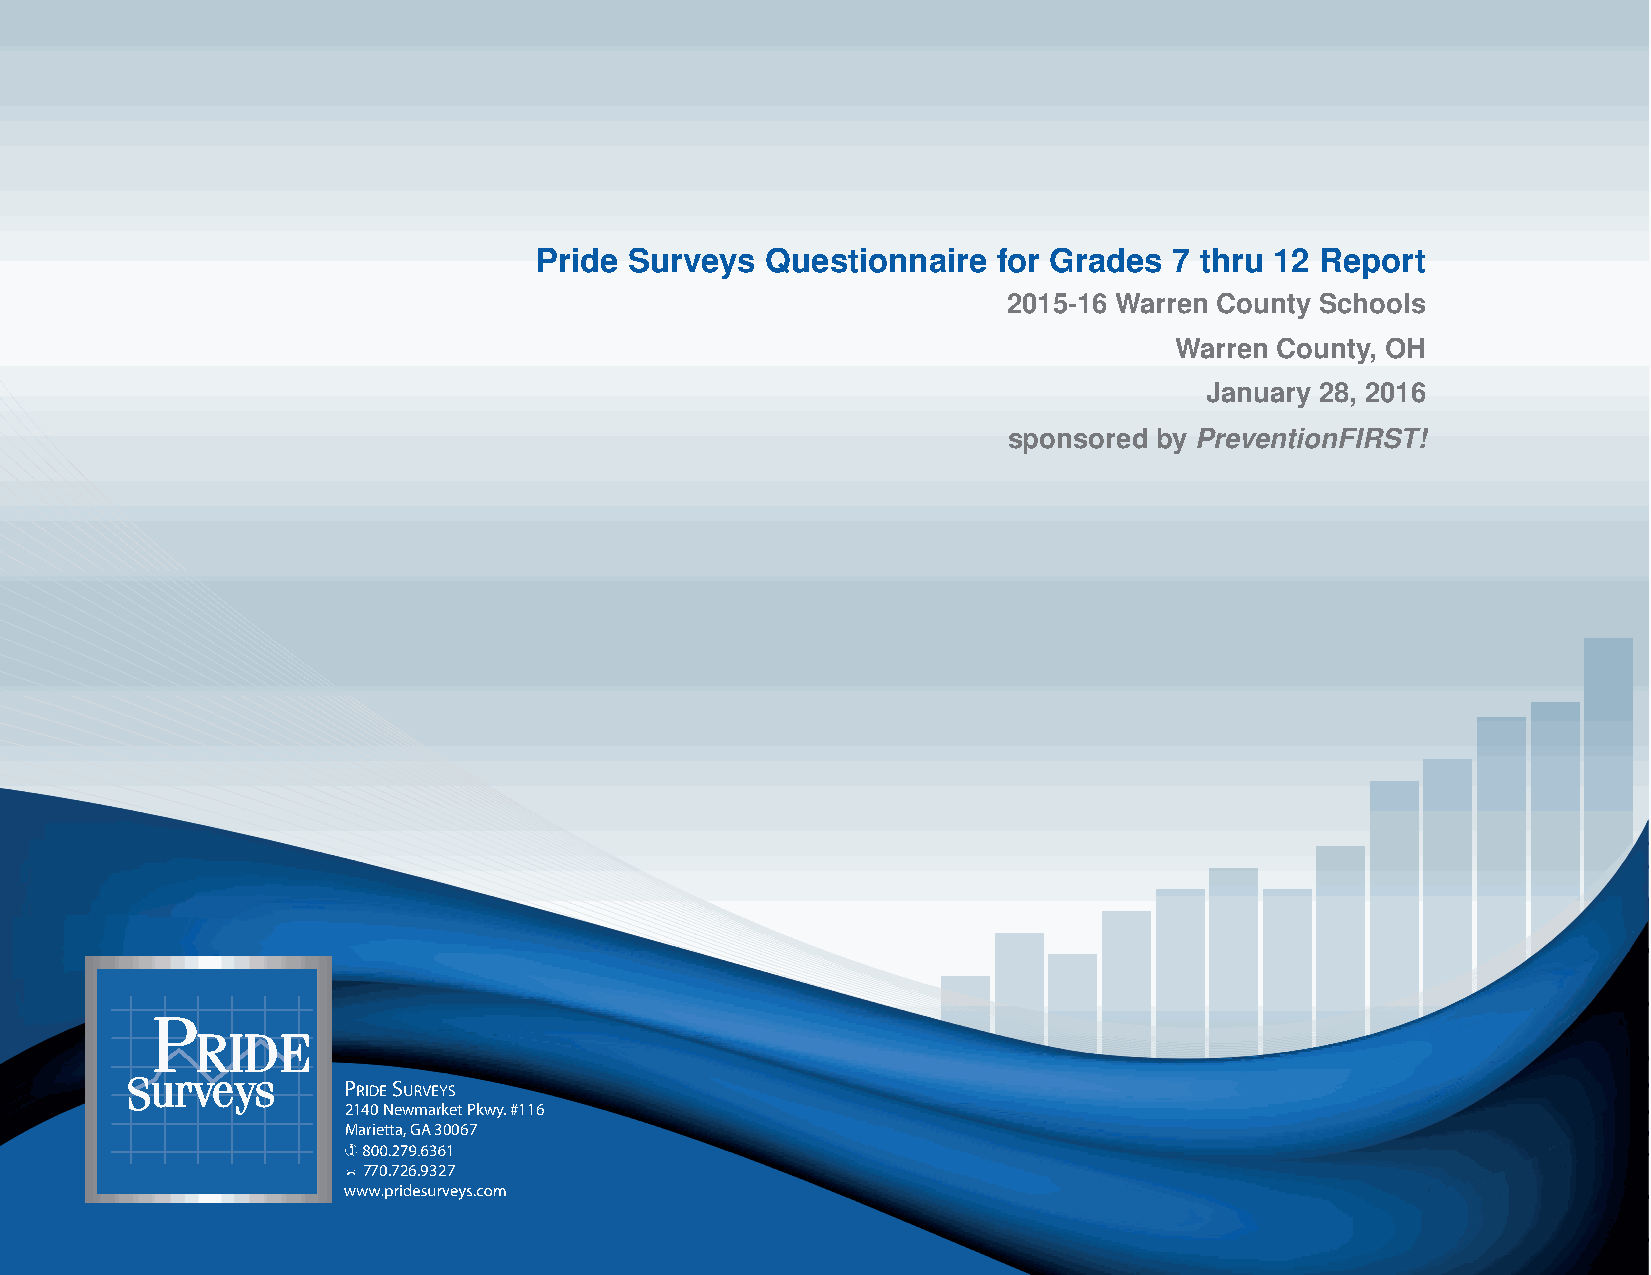
Pride  Surveys  Questionnaire  for Grades  7 thru 12 Report
 2015-16 Warren County Schools
 Warren County, OH
 January 28, 2016
 sponsored by PreventionFIRST!
 P
 RIDE
 Surveys
 2140 Newmarket Pkwy. #116
 Marietta, GA 30067
 770.726.9327